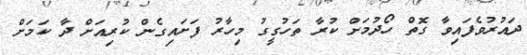
ދައުރުވެފައިވާ ގޮތް ހޯދުމަށް ކުރާ ތަހުގީގު މިހާރު ފަށައިގެން ކުރިއަށް ދާ ކަމަށް